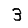
Digit: 3